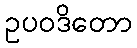
ဥပဝဒိတော